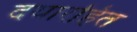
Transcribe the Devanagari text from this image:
दयारहित